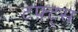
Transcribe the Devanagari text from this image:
टफ़्ट्स